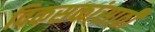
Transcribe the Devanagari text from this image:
विकसकांसाठी